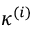
\kappa ^ { ( i ) }